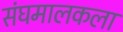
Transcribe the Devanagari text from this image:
संघमालकला